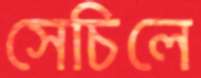
সেচিলে